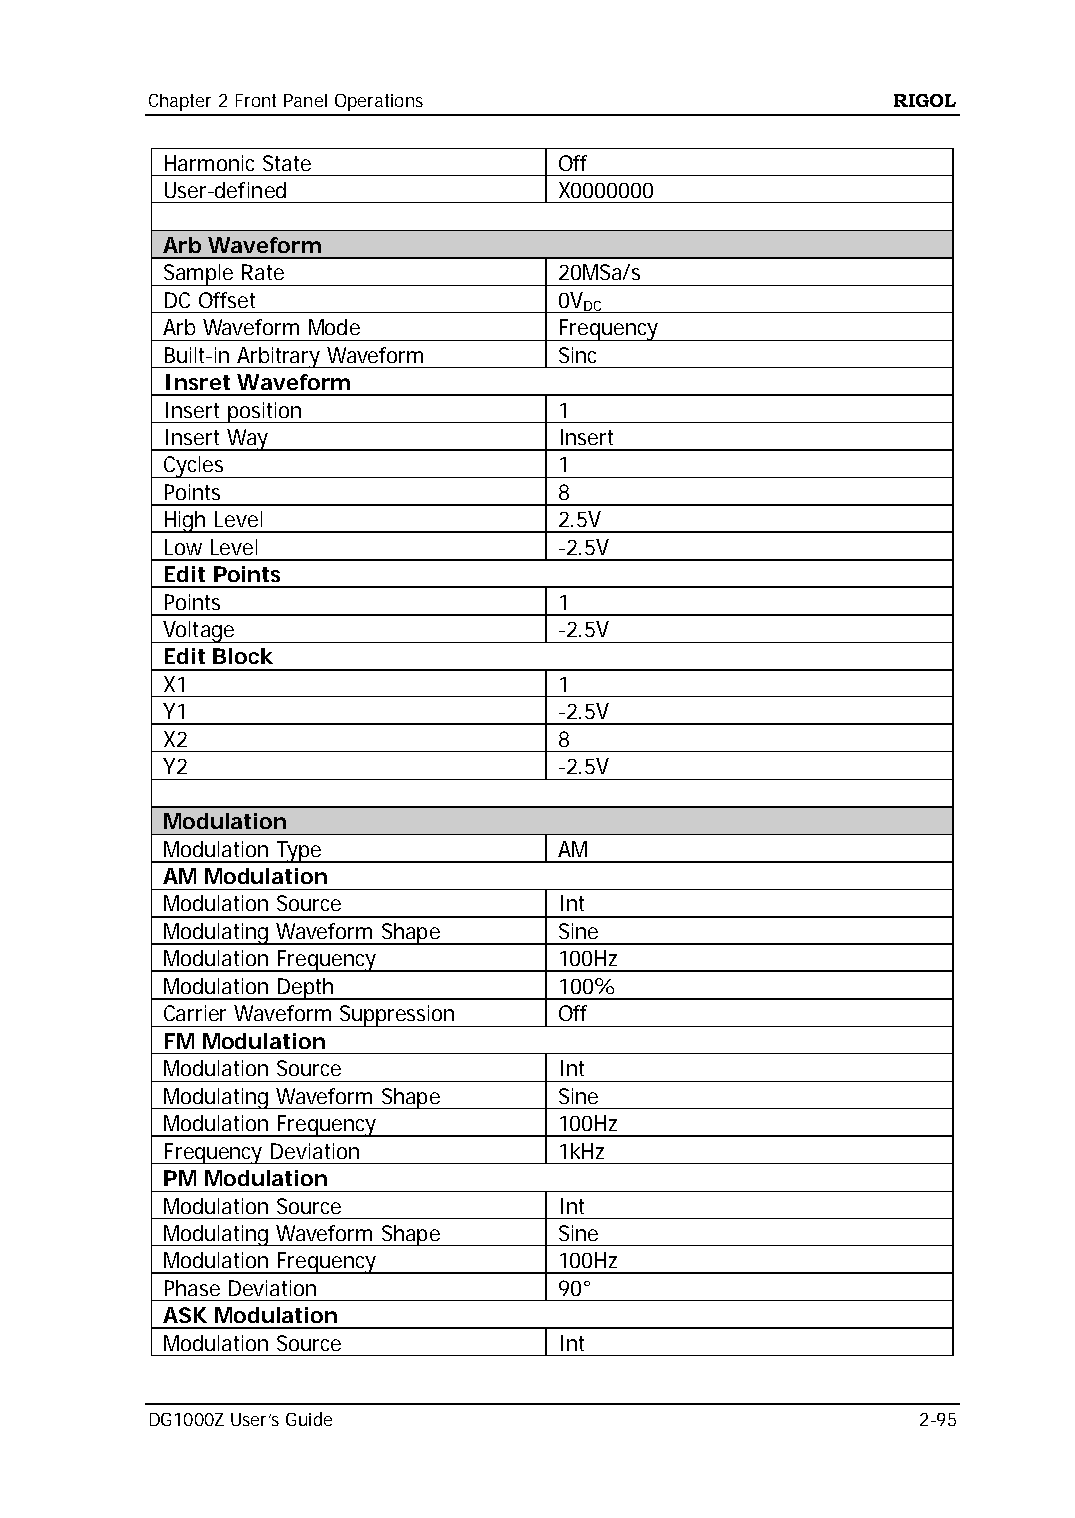
Chapter 2 Front Panel Operations                 RIGOL
 Harmonic State            Off
 User-defined              X0000000
 Arb Waveform
 Sample Rate               20MSa/s
 DC Offset                 0V
 DC
 Arb Waveform Mode         Frequency
 Built-in Arbitrary Waveform Sinc
 Insret Waveform
 Insert position           1
 Insert Way                Insert
 Cycles                    1
 Points                    8
 High Level                2.5V
 Low Level                 -2.5V
 Edit Points
 Points                    1
 Voltage                   -2.5V
 Edit Block
 X1                        1
 Y1                        -2.5V
 X2                        8
 Y2                        -2.5V
 Modulation
 Modulation Type           AM
 AM Modulation
 Modulation Source         Int
 Modulating Waveform Shape Sine
 Modulation Frequency      100Hz
 Modulation Depth          100%
 Carrier Waveform Suppression Off
 FM Modulation
 Modulation Source         Int
 Modulating Waveform Shape Sine
 Modulation Frequency      100Hz
 Frequency Deviation       1kHz
 PM Modulation
 Modulation Source         Int
 Modulating Waveform Shape Sine
 Modulation Frequency      100Hz
 Phase Deviation           90°
 ASK Modulation
 Modulation Source         Int
 DG1000Z User’s Guide                               2-95